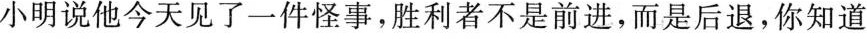
小明说他今天见了一件怪事，胜利者不是前进，而是后退，你知道